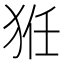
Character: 𤞘